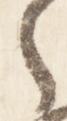
之